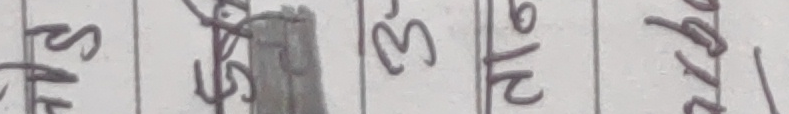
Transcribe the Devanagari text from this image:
स्तफ स्थ २३ ६/२१ अभाव